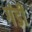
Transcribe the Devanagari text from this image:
गंडी